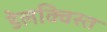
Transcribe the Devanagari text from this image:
डेलक्विस्त